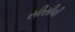
સીસીવી